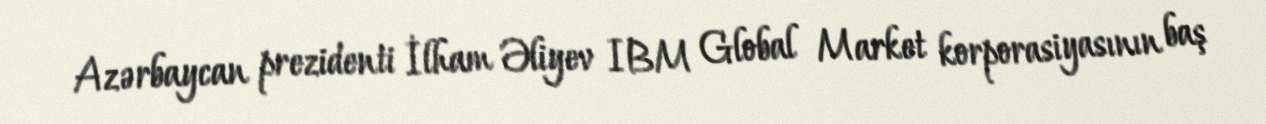
Azərbaycan prezidenti İlham Əliyev IBM Global Market korporasiyasının baş